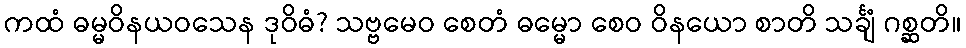
ကထံ ဓမ္မဝိနယဝသေန ဒုဝိဓံ? သဗ္ဗမေဝ စေတံ ဓမ္မော စေဝ ဝိနယော စာတိ သင်္ချံ ဂစ္ဆတိ။